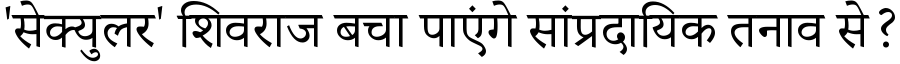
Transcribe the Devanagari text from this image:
'सेक्युलर' शिवराज बचा पाएंगे सांप्रदायिक तनाव से?